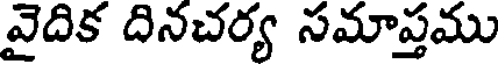
వైదిక దినచర్య సమాప్తము